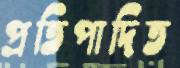
প্রতিপাদিত